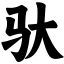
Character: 驮